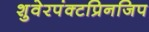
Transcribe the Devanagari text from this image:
शुवेरपंक्टप्रिनजिप